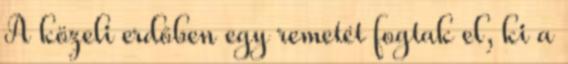
A közeli erdőben egy remetét fogtak el, ki a